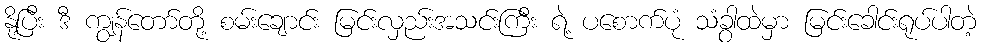
နို့ပြီး ဒီ ကျွန်တော်တို့ စမ်းချောင်း မြင်းလှည်းအသင်းကြီး ရဲ့ ပစောက်ပုံ သံခွာထဲမှာ မြင်းခေါင်းရုပ်ပါတဲ့